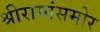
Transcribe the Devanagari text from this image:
श्रीरामांसमोर